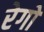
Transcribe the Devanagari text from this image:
रेगो